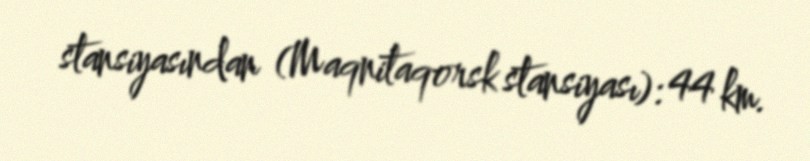
stansiyasından (Maqnitaqorsk stansiyası): 44 km.